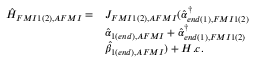
\begin{array} { l l } { \hat { H } _ { F M I 1 ( 2 ) , A F M I } = } & { J _ { F M I 1 ( 2 ) , A F M I } ( \hat { \alpha } _ { e n d ( 1 ) , F M I 1 ( 2 ) } ^ { \dagger } } \\ & { \hat { \alpha } _ { 1 ( e n d ) , A F M I } + \hat { \alpha } _ { { e n d ( 1 ) , F M I 1 ( 2 ) } } ^ { \dagger } } \\ & { \hat { \beta } _ { 1 ( e n d ) , A F M I } ) + H . c . } \end{array}